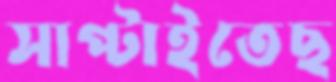
সাপ্‌টাইতেছ